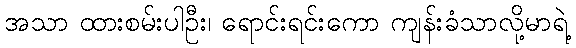
အသာ ထားစမ်းပါဦး၊ ရောင်းရင်းကော ကျန်းခံသာလို့မာရဲ့